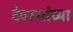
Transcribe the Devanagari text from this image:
देवस्थांच्या